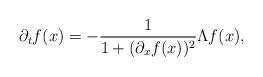
LaTeX: \begin{align*}\partial_t f(x)=-\frac{1}{1+(\partial_x f(x))^2}\Lambda f(x),\end{align*}